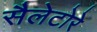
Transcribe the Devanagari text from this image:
सैलेटोरे